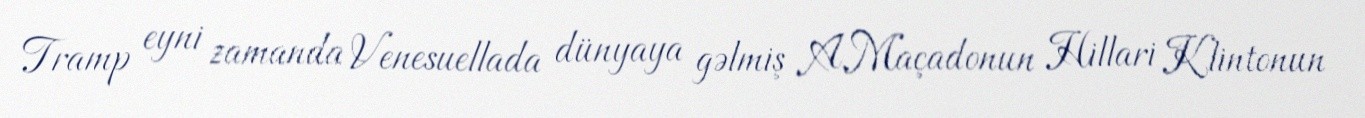
Tramp eyni zamanda Venesuellada dünyaya gəlmiş A.Maçadonun Hillari Klintonun